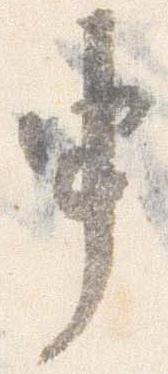
申